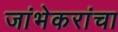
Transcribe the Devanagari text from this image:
जांभेकरांचा